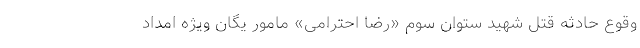
وقوع حادثه قتل شهید ستوان سوم «رضا احترامی» مامور یگان ویژه امداد